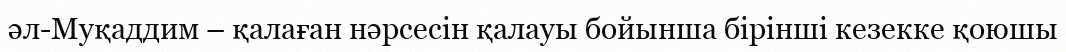
әл-Муқаддим – қалаған нәрсесін қалауы бойынша бірінші кезекке қоюшы